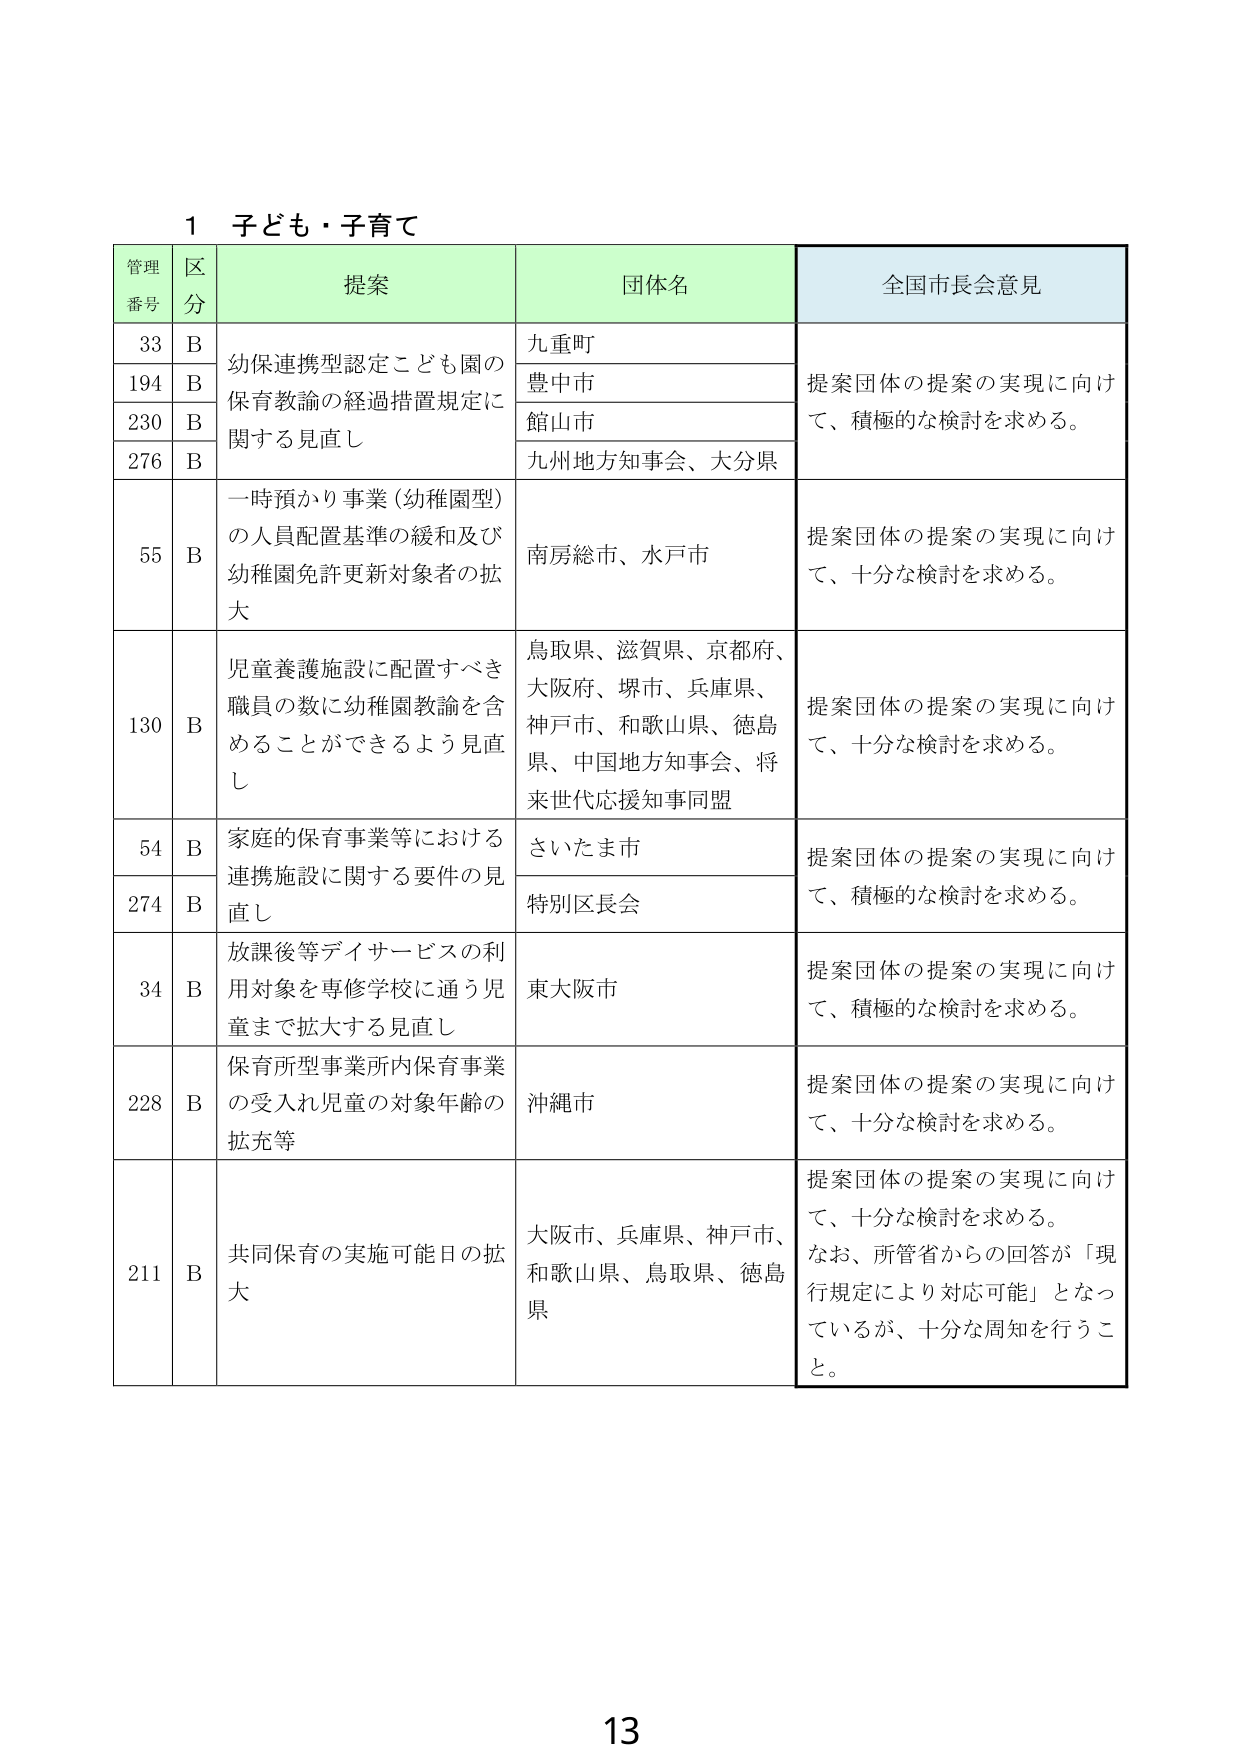
1 子ども・子育て

管理番号 区分 提案 団体名 全国市長会意見

33 B 幼保連携型認定こども園の 九重町 提案団体の提案の実現に向け
194 B 保育教諭の経過措置規定に 豊中市 て、積極的な検討を求める。
230 B 関する見直し 館山市
276 B 九州地方知事会、大分県

55 B 一時預かり事業（幼稚園型） 南房総市、水戸市 提案団体の提案の実現に向け
の人員配置基準の緩和及び て、十分な検討を求める。
幼稚園免許更新対象者の拡
大

130 B 児童養護施設に配置すべき 鳥取県、滋賀県、京都府、 提案団体の提案の実現に向け
職員の数に幼稚園教諭を含 大阪府、堺市、兵庫県、 て、十分な検討を求める。
めることができるよう見直 神戸市、和歌山県、徳島
し 県、中国地方知事会、将
来世代応援知事同盟

54 B 家庭的保育事業等における さいたま市 提案団体の提案の実現に向け
連携施設に関する要件の見 て、積極的な検討を求める。
直し 特別区長会

274 B

34 B 放課後等デイサービスの利 東大阪市 提案団体の提案の実現に向け
用対象を専修学校に通う児 て、積極的な検討を求める。
童まで拡大する見直し

228 B 保育所型事業所内保育事業 沖縄市 提案団体の提案の実現に向け
の受入れ児童の対象年齢の て、十分な検討を求める。
拡充等

211 B 共同保育の実施可能日の拡 大阪市、兵庫県、神戸市、 提案団体の提案の実現に向け
大 和歌山県、鳥取県、徳島 て、十分な検討を求める。
県 なお、所管省からの回答が「現
行規定により対応可能」となっ
ているが、十分な周知を行うこ
と。

13